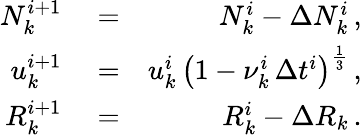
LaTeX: \begin{array}{rlr}{N_{k}^{i+1}}&{{}=}&{N_{k}^{i}-\Delta N_{k}^{i}\, ,}\\ {u_{k}^{i+1}}&{{}=}&{u_{k}^{i}\, \left(1-\nu_{k}^{i}\, \Delta t^{i}\right)^{\frac{1}{3}}\, ,}\\ {R_{k}^{i+1}}&{{}=}&{R_{k}^{i}-\Delta R_{k}\, .}\end{array}